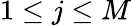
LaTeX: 1\leq j\le M